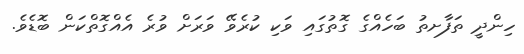
ހިންދީ ތަފާށތު ބަހެއްގެ ގޮތުގައި ވަކި ކުރެވޭ ވަރަށް ވުރެ އެއްގޮތްކަން ބޮޑެވެ.